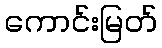
ကောင်းမြတ်